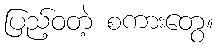
ပြည့်ဝတဲ့ စကားတွေ။